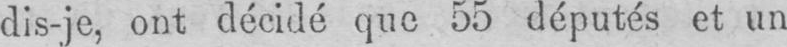
dis-je, ont décidé que 55 députés et un